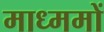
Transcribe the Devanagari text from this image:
माध्ममों